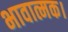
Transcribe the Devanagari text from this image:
भावात्मक।